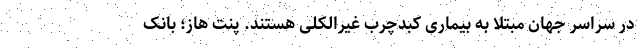
در سراسر جهان مبتلا به بیماری کبدچرب غیرالکلی هستند. پنت هاز؛ بانک